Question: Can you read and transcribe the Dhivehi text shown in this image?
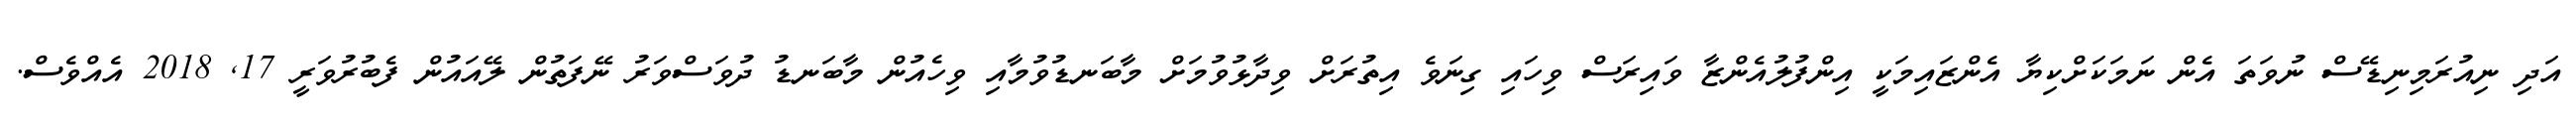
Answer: އަދި ނިއުރަމިނިޑޭސް ނުވަތަ އެން ނަމަކަށްކިޔާ އެންޒައިމަކީ އިންފުލުއެންޒާ ވައިރަސް ވިހައި ގިނަވެ އިތުރަށް ވިދާޅުވުމަށް މާބަނޑުވުމާއި ވިހެއުން މާބަނޑު ދުވަސްވަރު ނޭފަތުން ލޭއައުން ފެބުރުވަރީ 17, 2018 އެއްވެސް.